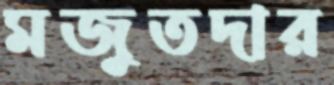
মজুতদার